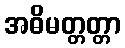
အဓိမတ္တတ္တာ